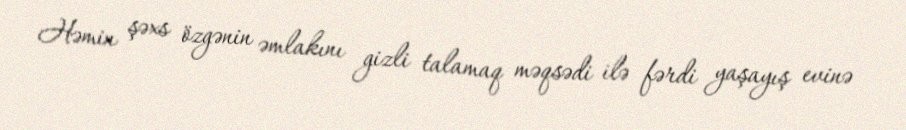
Həmin şəxs özgənin əmlakını gizli talamaq məqsədi ilə fərdi yaşayış evinə